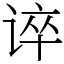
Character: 谇